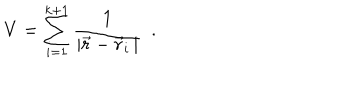
V = \sum _ { i = 1 } ^ { k + 1 } \frac { 1 } { | \vec { r } - \vec { r } _ { i } \, | } ~ ~ .